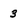
Character: 3